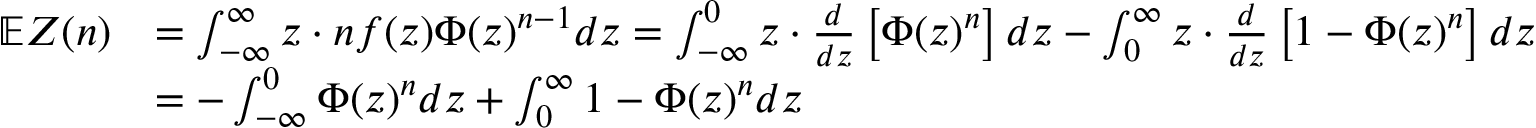
\begin{array} { r l } { \mathbb { E } Z ( n ) } & { = \int _ { - \infty } ^ { \infty } z \cdot n f ( z ) \Phi ( z ) ^ { n - 1 } d z = \int _ { - \infty } ^ { 0 } z \cdot \frac { d } { d z } \left[ \Phi ( z ) ^ { n } \right] d z - \int _ { 0 } ^ { \infty } z \cdot \frac { d } { d z } \left[ 1 - \Phi ( z ) ^ { n } \right] d z } \\ & { = - \int _ { - \infty } ^ { 0 } \Phi ( z ) ^ { n } d z + \int _ { 0 } ^ { \infty } 1 - \Phi ( z ) ^ { n } d z } \end{array}